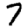
Digit: 7